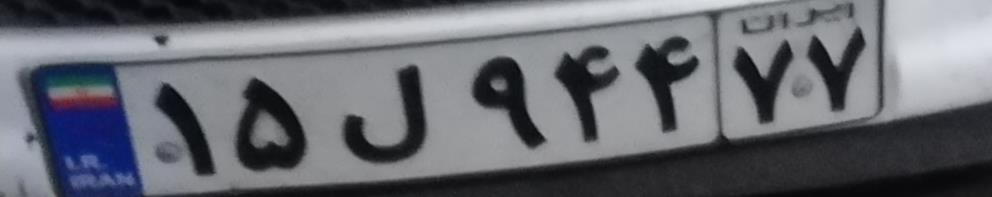
۱۵ل۹۴۴۷۷